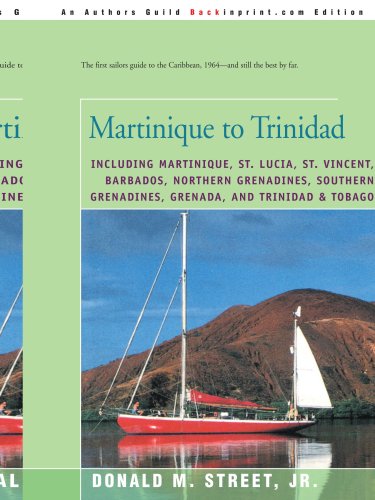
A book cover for Martinique to Trinidad: including Martinique, St. Lucia, St. Vincent, Barbados, Northern Grenadines, Southern Grenadines, Grenada, and Trinidad & ... Cruising Guide to the Eastern Caribbean); Donald Street; Travel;